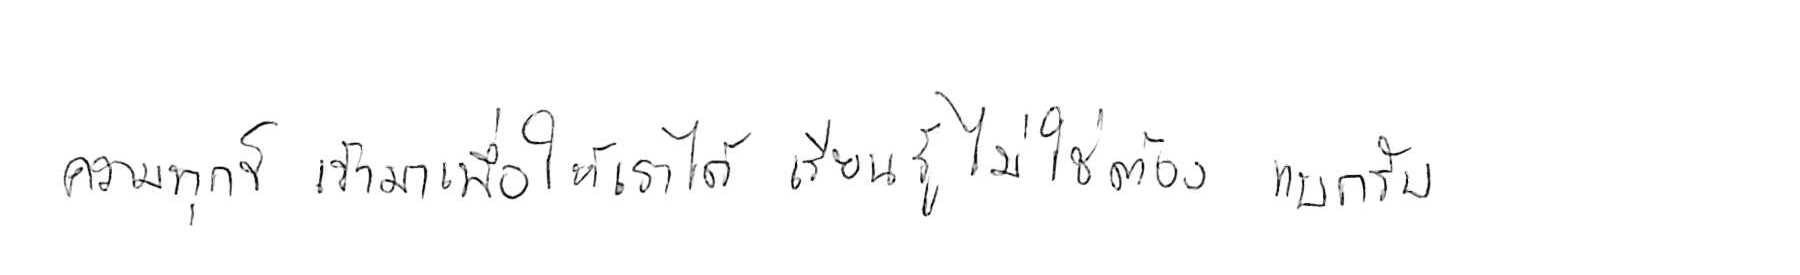
ความทุกข์ เข้ามาเพื่อให้เราได้ เรียนรู้ ไม่ใช่ต้อง แบกรับ